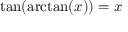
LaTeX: \tan ( \arctan ( x ) ) = x